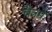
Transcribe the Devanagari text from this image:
चैत्रमे